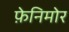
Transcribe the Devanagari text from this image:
फ़ेनिमोर